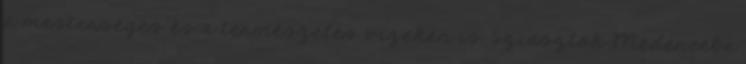
a mesterséges és a természetes vizeken is. Sziasztok Medencébe